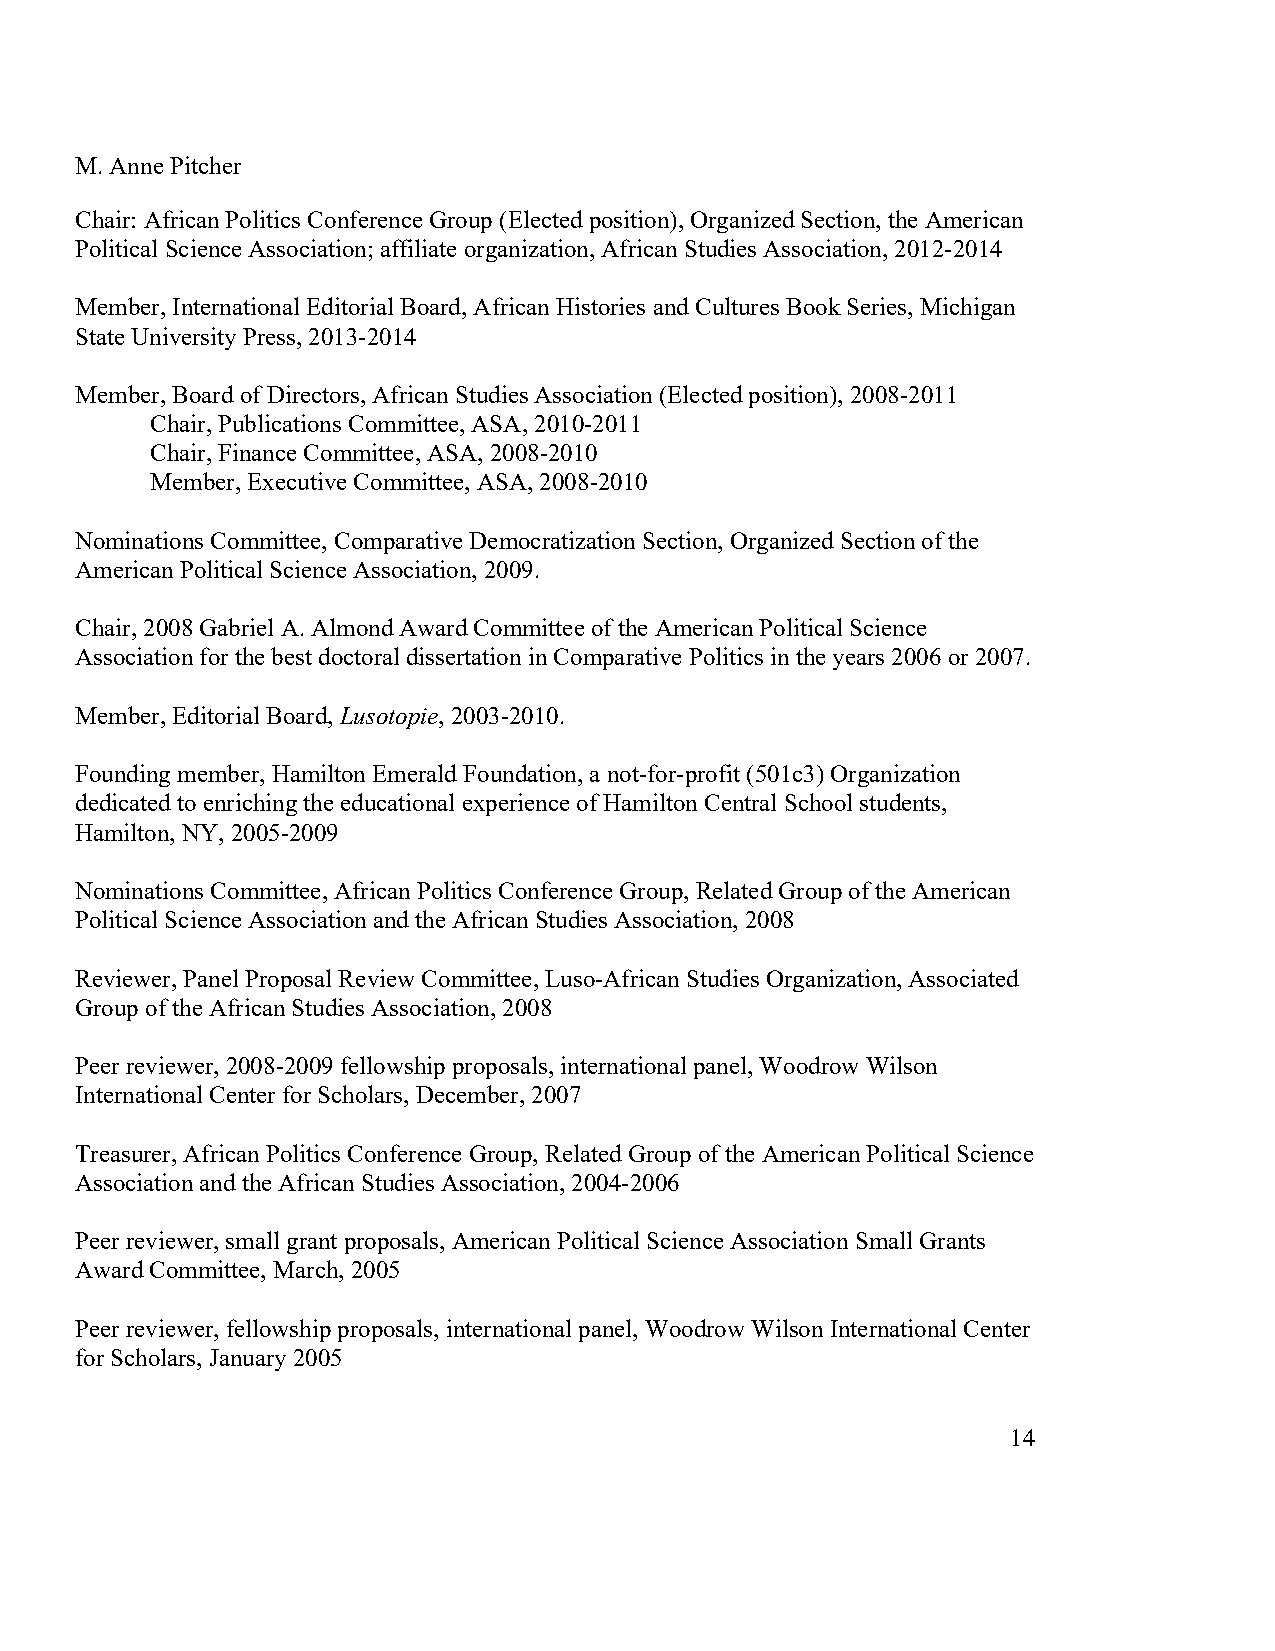
M. Anne Pitcher
 Chair: African Politics Conference Group (Elected position), Organized Section, the American
 Political Science Association; affiliate organization, African Studies Association, 2012-2014
 Member, International Editorial Board, African Histories and Cultures Book Series, Michigan
 State University Press, 2013-2014
 Member, Board of Directors, African Studies Association (Elected position), 2008-2011
 Chair, Publications Committee, ASA, 2010-2011
 Chair, Finance Committee, ASA, 2008-2010
 Member, Executive Committee, ASA, 2008-2010
 Nominations Committee, Comparative Democratization Section, Organized Section of the
 American Political Science Association, 2009.
 Chair, 2008 Gabriel A. Almond Award Committee of the American Political Science
 Association for the best doctoral dissertation in Comparative Politics in the years 2006 or 2007.
 Member, Editorial Board, Lusotopie, 2003-2010.
 Founding member, Hamilton Emerald Foundation, a not-for-profit (501c3) Organization
 dedicated to enriching the educational experience of Hamilton Central School students,
 Hamilton, NY, 2005-2009
 Nominations Committee, African Politics Conference Group, Related Group of the American
 Political Science Association and the African Studies Association, 2008
 Reviewer, Panel Proposal Review Committee, Luso-African Studies Organization, Associated
 Group of the African Studies Association, 2008
 Peer reviewer, 2008-2009 fellowship proposals, international panel, Woodrow Wilson
 International Center for Scholars, December, 2007
 Treasurer, African Politics Conference Group, Related Group of the American Political Science
 Association and the African Studies Association, 2004-2006
 Peer reviewer, small grant proposals, American Political Science Association Small Grants
 Award Committee, March, 2005
 Peer reviewer, fellowship proposals, international panel, Woodrow Wilson International Center
 for Scholars, January 2005
 14